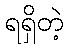
ရရှိတဲ့